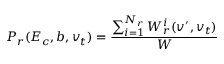
P _ { r } ( E _ { c } , b , v _ { t } ) = \frac { \sum _ { i = 1 } ^ { N _ { r } } W _ { r } ^ { i } ( v ^ { \prime } , v _ { t } ) } { W }